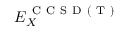
E _ { X } ^ { \mathrm { ~ C ~ C ~ S ~ D ~ ( ~ T ~ ) ~ } }